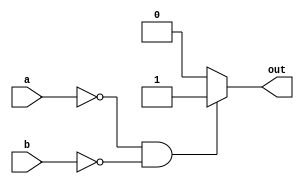
module nor_gate(out ,a,b);
	
	output out;
	input a,b;
	
	reg out;
	always @(a or b)
		begin
			if(!a && !b)
				out=1;
			else if(!a && b)
				out=0;
			else if(a && !b)
				out=0;
			else
				out=0;
		end

endmodule